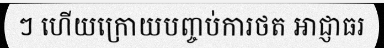
ៗ ហើយក្រោយបញ្ចប់ការថត អាជ្ញាធរ